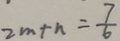
2 m + n = \frac { 7 } { 6 }